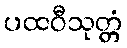
ပထဝီသုတ္တံ